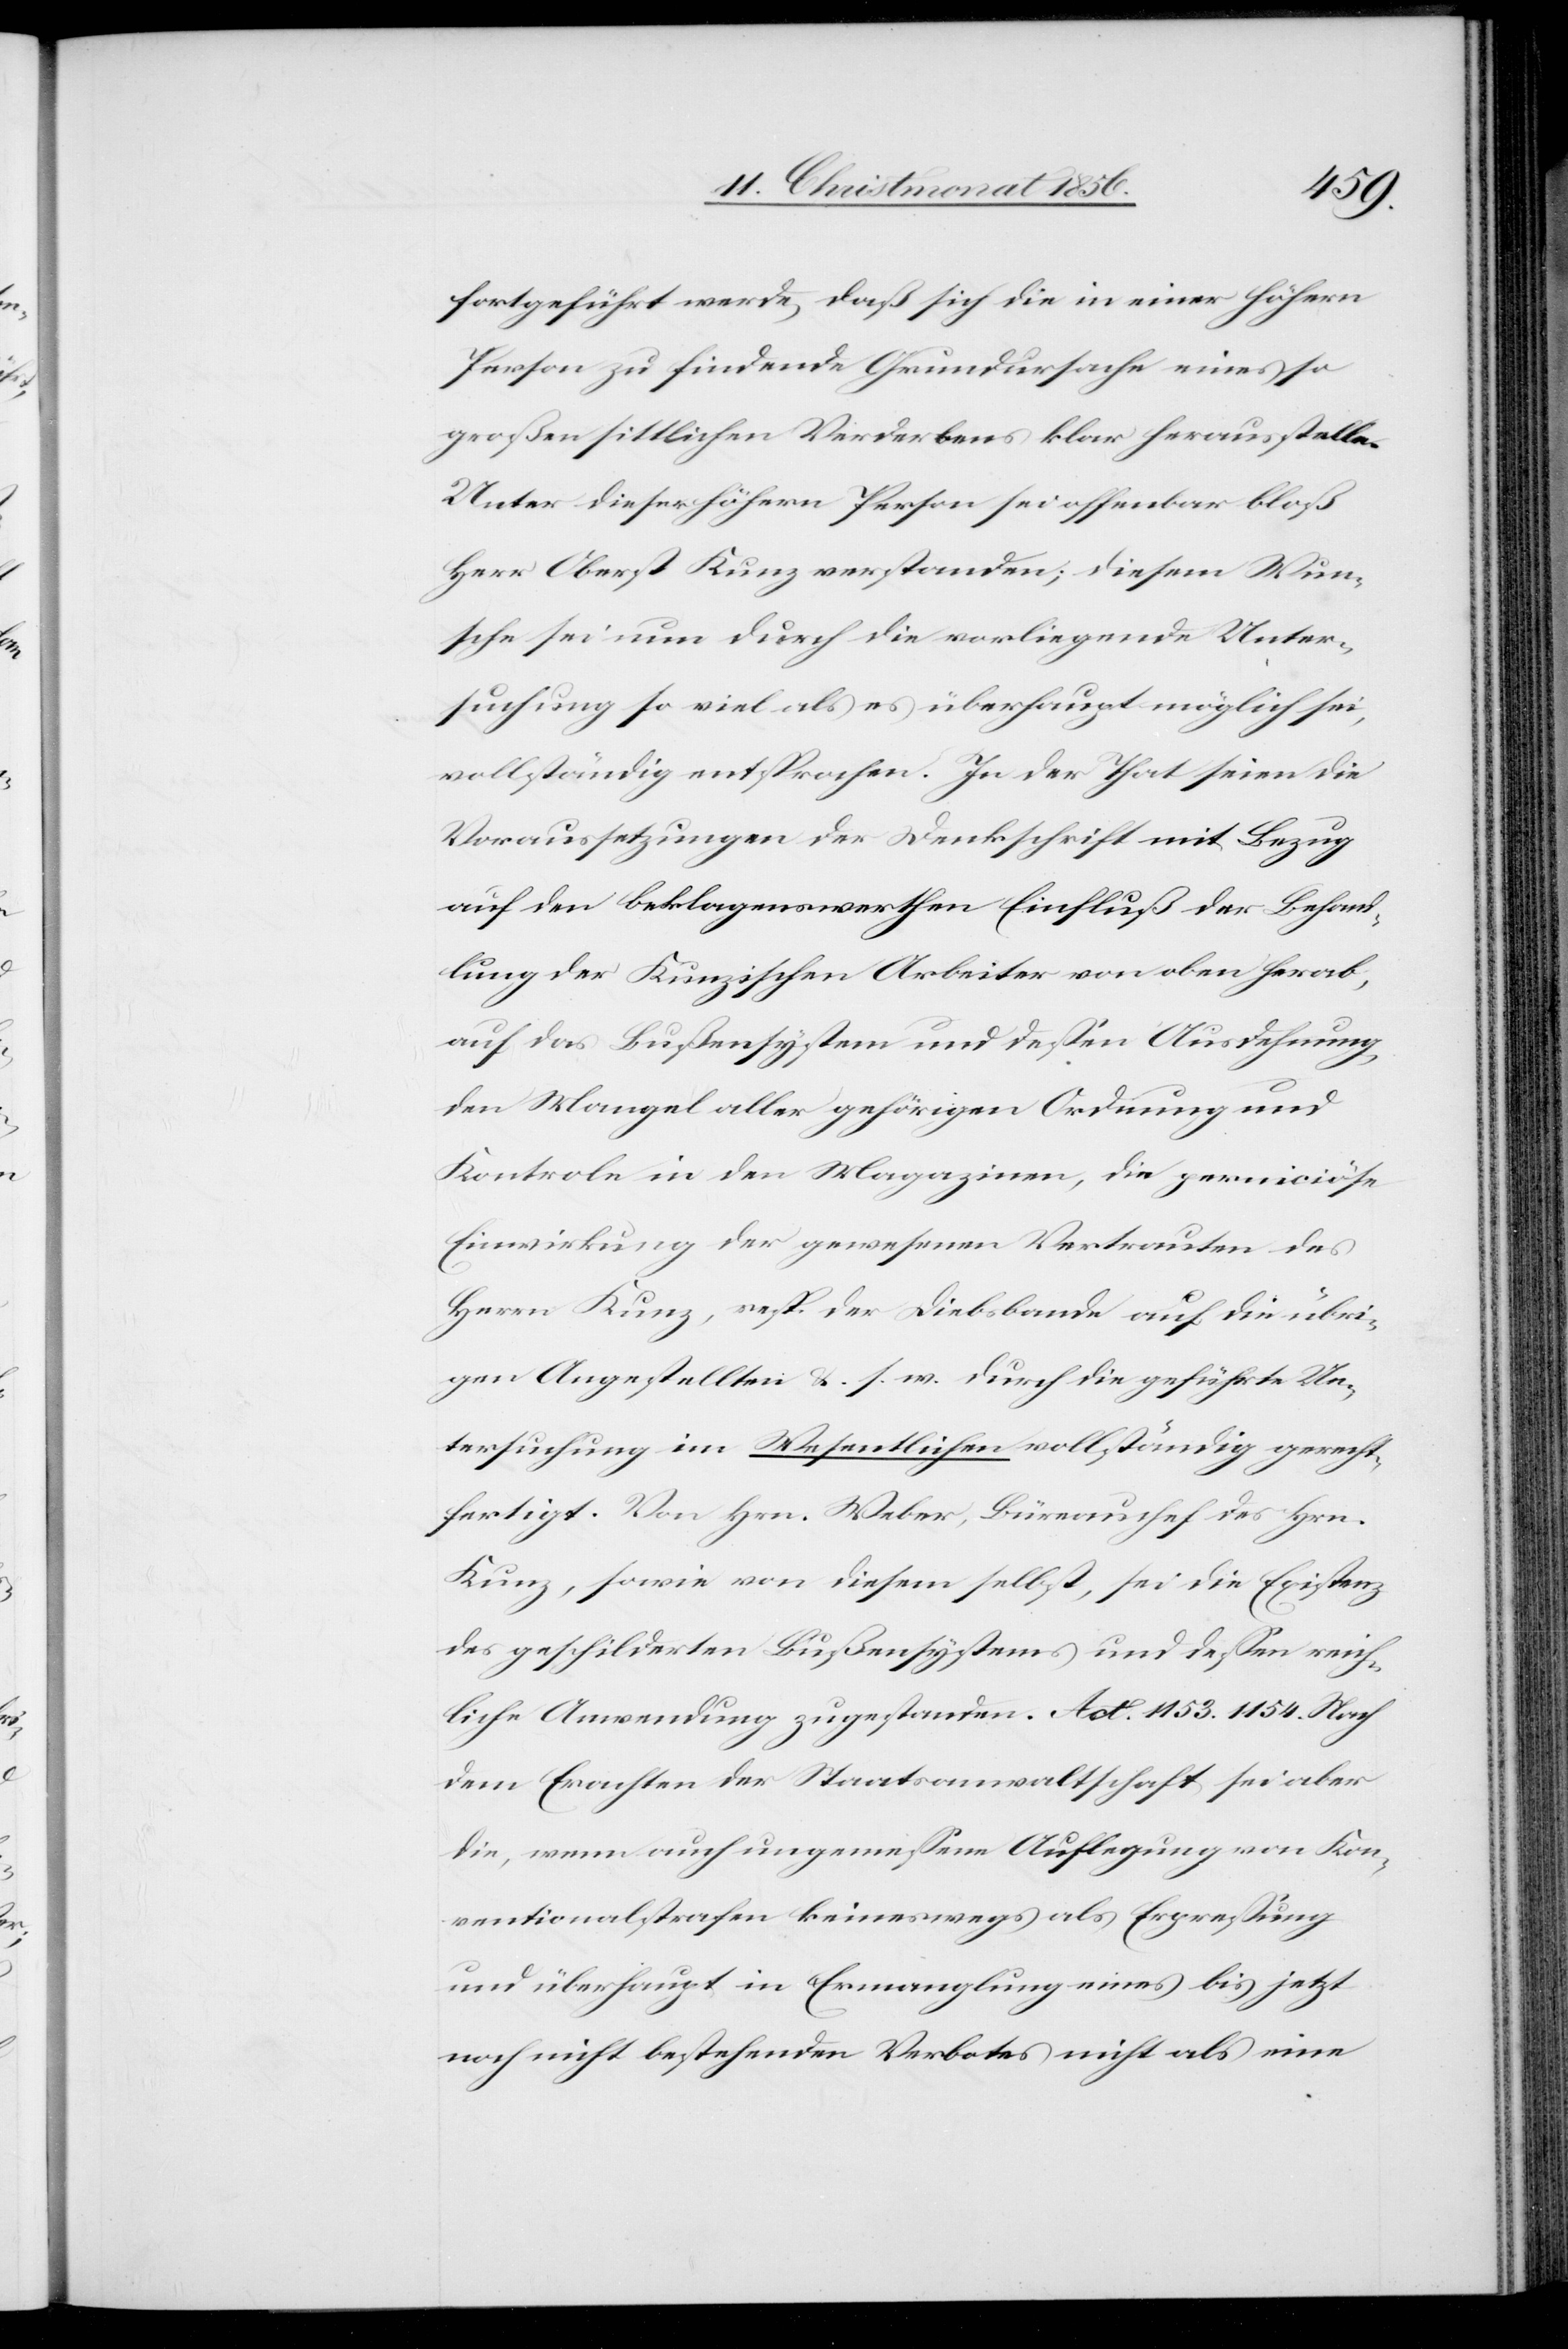
fortgeführt werde, daß sich die in einer höhern
Person zu findende Grundursache eines so
großen sittlichen Verderbens klar herausstelle.
Unter dieser höhern Person sei offenbar bloß
Herr Oberst Kunz verstanden; diesem Wun¬
sche sei nun durch die vorliegende Unter¬
suchung so viel als es überhaupt möglich sei,
vollständig entsprochen. In der That seien die
Voraussetzungen der Denkschrift mit Bezug
auf den beklagenswerthen Einfluß der Behand¬
lung der Kunzischen Arbeiter von oben herab,
auf das Bußensystem und dessen Ausdehnung,
den Mangel aller gehörigen Ordnung und
Kontrole in den Magazinen, die perniciöse
Einwirkung der gewesenen Vertrauten des
Herrn Kunz, resp. der Diebsbande auf die übri¬
gen Angestellten &. s. w. durch die geführte Un¬
tersuchung im Wesentlichen vollständig gerecht¬
fertigt. Von Hrn. Weber, Büreauchef des Hrn.
Kunz, sowie von diesem selbst, sei die Existenz
des geschilderten Bußensystems und dessen reich¬
liche Anwendung zugestanden. Act. 1153. 1154. Nach
dem Erachten der Staatsanwaltschaft sei aber
die, wenn auch ungemessene Auflegung von Kon¬
ventionalstrafen keineswegs als Erpressung
und überhaupt in Ermanglung eines bis jetzt
noch nicht bestehenden Verbotes nicht als eine